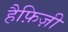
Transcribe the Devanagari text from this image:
हैफ़िज़ी